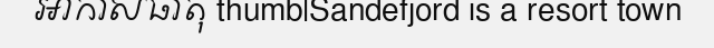
អាកាសធាតុ thumb|Sandefjord is a resort town